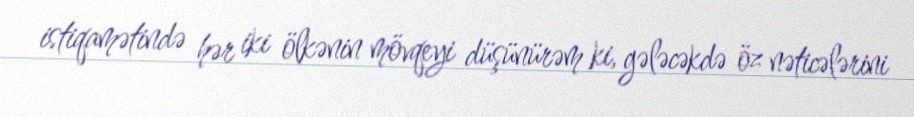
istiqamətində hər iki ölkənin mövqeyi düşünürəm ki, gələcəkdə öz nəticələrini